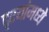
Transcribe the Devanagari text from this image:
दृश्यांमध्ये